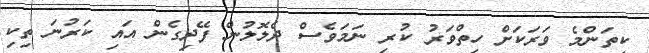
ކިތަންމެ ވަރަކަށް ހިތްވަރު ކުރި ނަމަވެސް ދެލޮލުން ފޭދިގެން އައި ކަރުނަ ތިކި